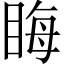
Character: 䀲